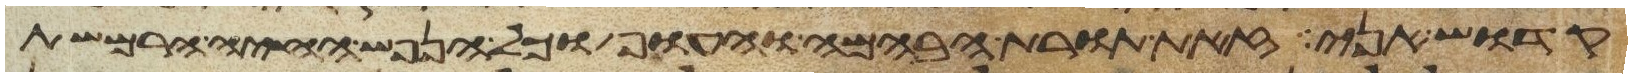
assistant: קדוש אני זאת תורת הבהמה והעוף וכל הנפש החיה הרמשת